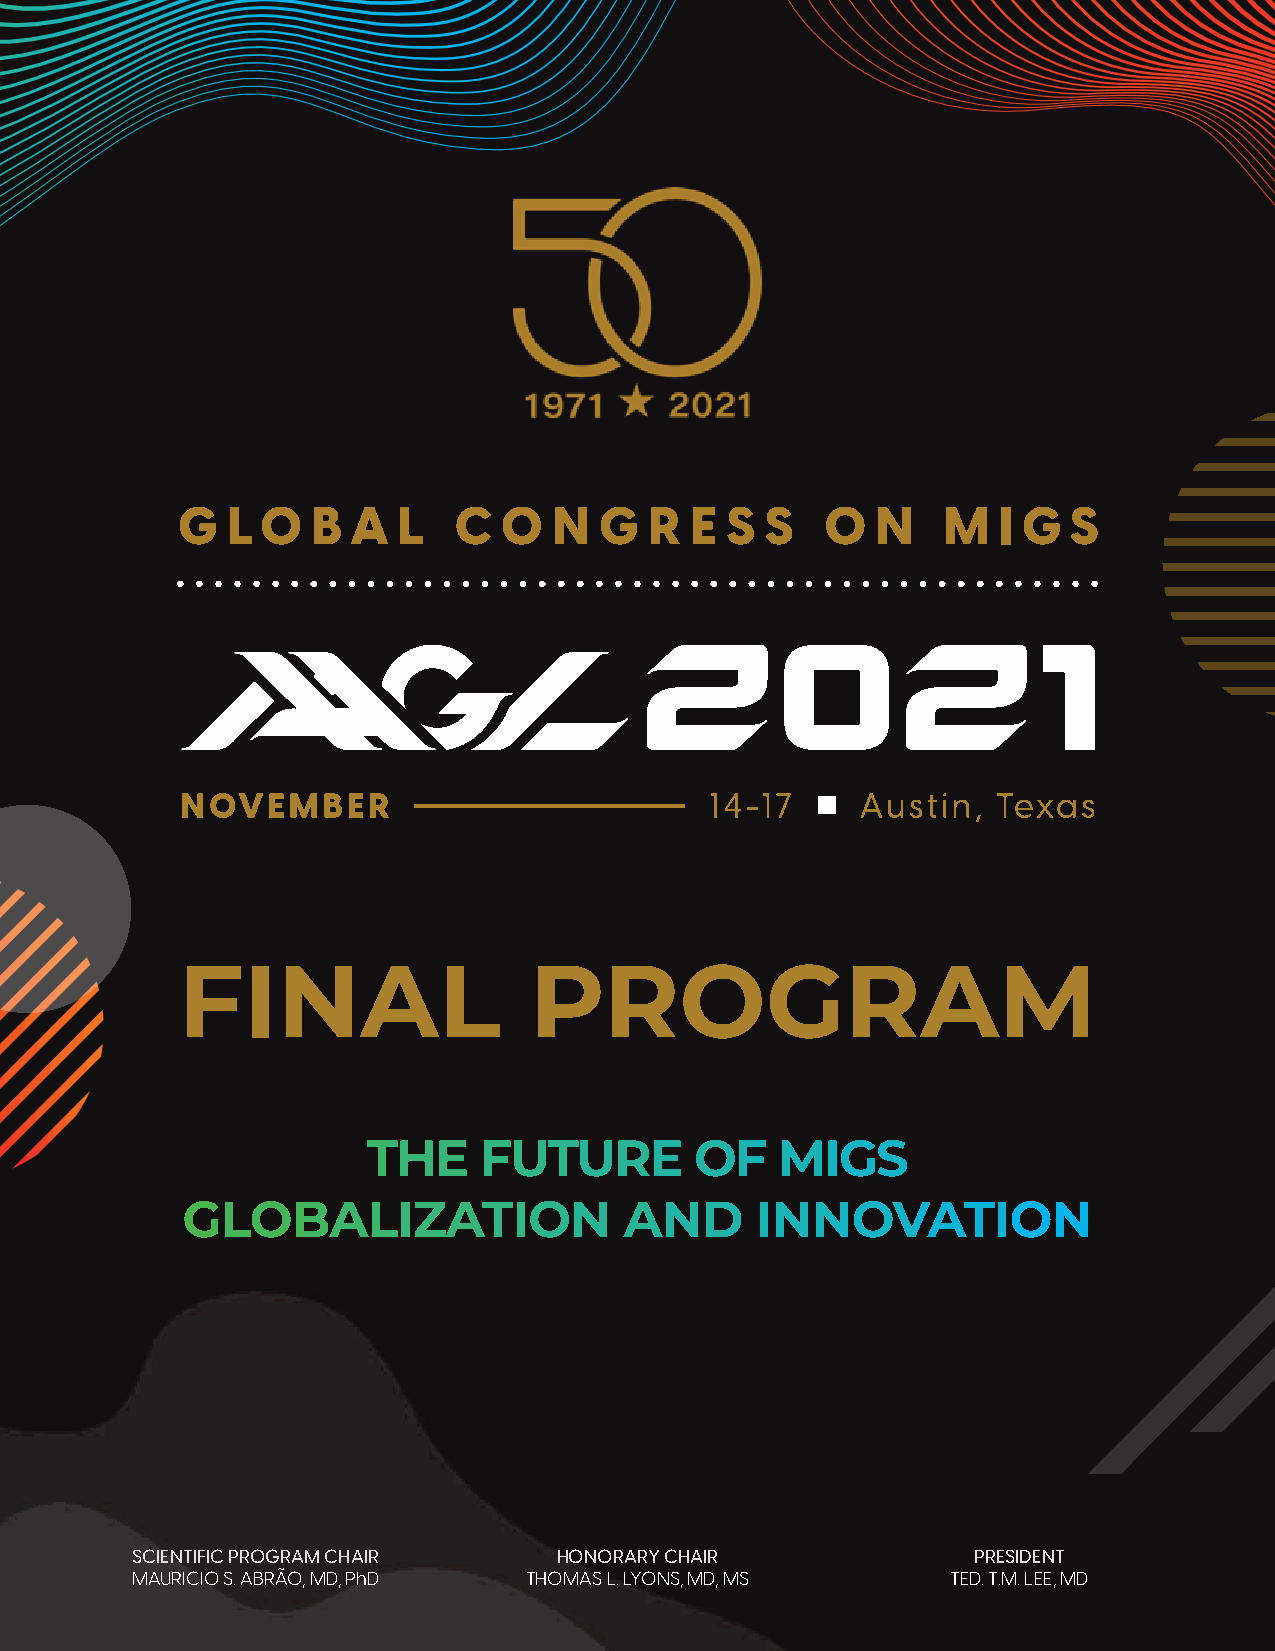
G  L O   B A  L   C  O   N  G  R  E S  S   O  N   M   I G  S
 FINAL                  PROGRAM
 THE     FUTURE        OF   MIGS
 GLOBALIZATION                AND      INNOVATION
 SCIENTIFIC PROGRAM CHAIR    HONORARY CHAIR             PRESIDENT
 MAURICIO S. ABRÃO, MD, PhD THOMAS L. LYONS, MD, MS    TED. T.M. LEE, MD